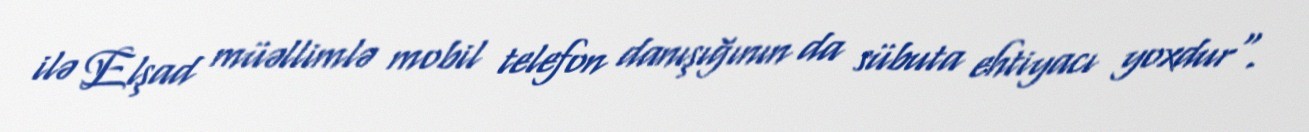
ilə Elşad müəllimlə mobil telefon danışığının da sübuta ehtiyacı yoxdur".